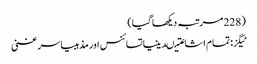
(228 مرتبہ دیکھا گیا)
ٹیگز: تمام اشاعتیںدینیاتسائنس اور مذہبیاسر غنی